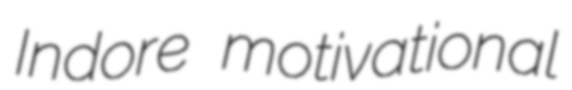
Indore motivational